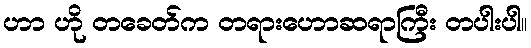
ဟာ ဟို တခေတ်က တရားဟောဆရာကြီး တပါးပါ။